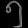
Digit: ၅